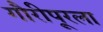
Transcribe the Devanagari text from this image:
गौरीपूरला